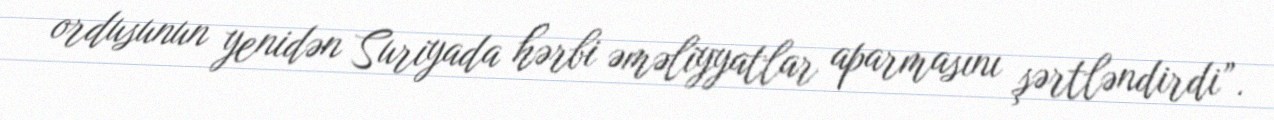
ordusunun yenidən Suriyada hərbi əməliyyatlar aparmasını şərtləndirdi”.